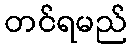
တင်ရမည်